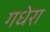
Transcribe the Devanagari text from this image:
गधेरा